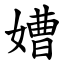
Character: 㜖